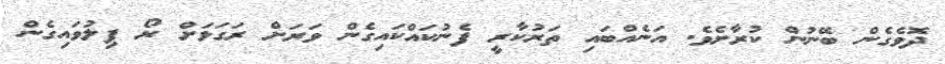
ދޮވެގެން ބޭނުން ކުރާށެވެ. އަނެއްބައި ތަރުކާރީ ފެނުކައްކައިގެން ވަރަށް ރަގަޅަށް ރޯ ފިލުވައިގެން